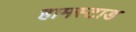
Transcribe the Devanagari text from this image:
हामस्टाड